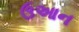
ઉઆન